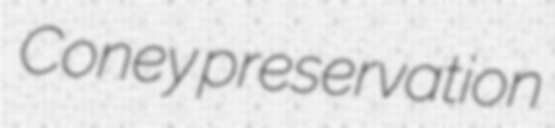
Coney preservation